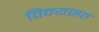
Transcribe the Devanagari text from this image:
विन्यसत